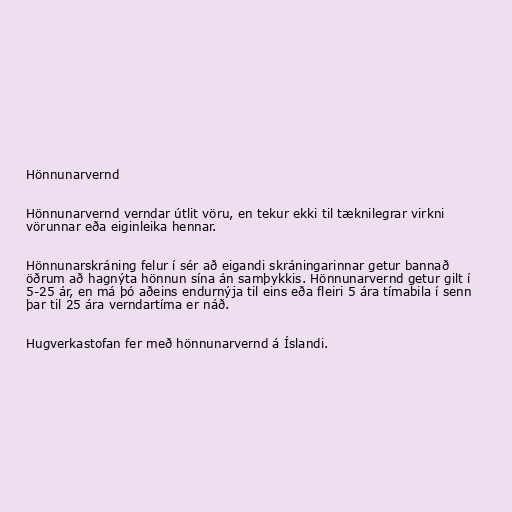
Hönnunarvernd

Hönnunarvernd verndar útlit vöru, en tekur ekki til tæknilegrar virkni
vörunnar eða eiginleika hennar.

Hönnunarskráning felur í sér að eigandi skráningarinnar getur bannað
öðrum að hagnýta hönnun sína án samþykkis. Hönnunarvernd getur gilt í
5-25 ár, en má þó aðeins endurnýja til eins eða fleiri 5 ára tímabila í senn
þar til 25 ára verndartíma er náð.

Hugverkastofan fer með hönnunarvernd á Íslandi.